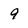
Character: 9